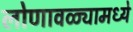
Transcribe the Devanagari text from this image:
लोणावळ्यामध्ये